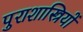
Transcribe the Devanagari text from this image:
पुराशास्त्रियों